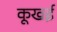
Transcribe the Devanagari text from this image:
कूखई